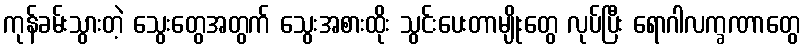
ကုန်ခမ်းသွားတဲ့ သွေးတွေအတွက် သွေးအစားထိုး သွင်းပေးတာမျိုးတွေ လုပ်ပြီး ရောဂါလက္ခဏာတွေ